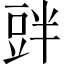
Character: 𲂝